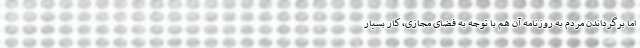
اما برگرداندن مردم به روزنامه آن هم با توجه به فضای مجازی، کار بسیار